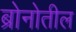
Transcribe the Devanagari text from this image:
ब्रोनोतील